Civil Veterinary Department Bengal reports 1933-51 - 1933-1951
Year: 1933
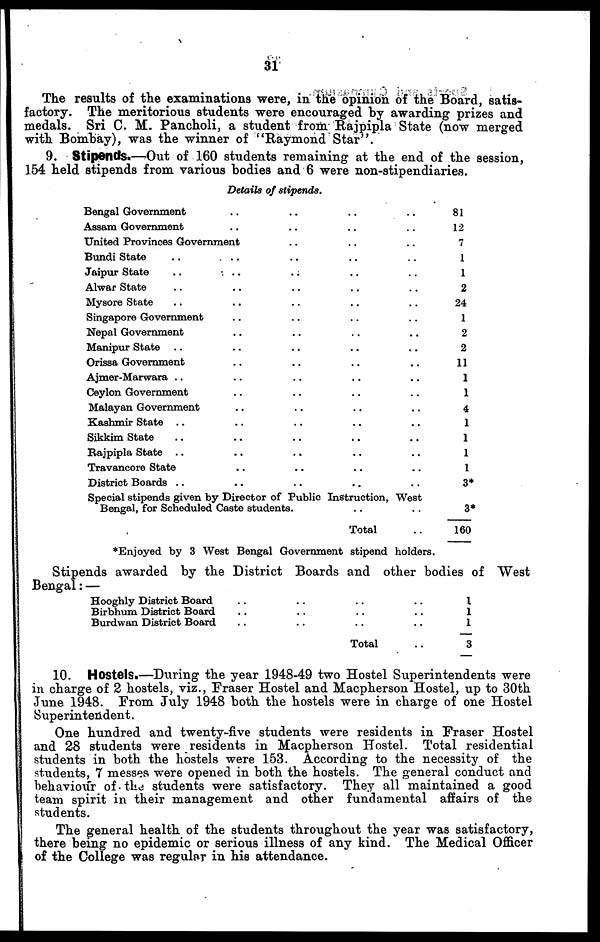
31
The results of the examinations were, in the opinion of the Board, satis-
factory. The meritorious students were encouraged by awarding prizes and
medals. Sri C. M. Pancholi, a student from Rajpipla State (now merged
with Bombay), was the winner of "Raymond Star".
9. Stipends.—Out of 160 students remaining at the end of the session,
154 held stipends from various bodies and 6 were non-stipendiaries.
Details of stipends.
Bengal Government .. .. .. ..
Assam Government .. .. .. ..
United Provinces Government .. .. ..
Bundi State .. .. .. .. ..
Jaipur State .. .. .. .. ..
Alwar State .. .. .. .. ..
Mysore State .. .. .. .. ..
Singapore Government .. .. .. ..
Nepal Government .. .. .. ..
Manipur State .. .. .. .. ..
Orissa Government .. .. .. ..
Ajmer-Marwara .. .. .. .. ..
Ceylon Government .. .. .. ..
Malayan Government .. .. .. ..
Kashmir State .. .. .. .. ..
Sikkim State .. .. .. .. ..
Rajpipla State .. .. .. .. ..
Travancore State .. .. .. ..
District Boards .. .. .. .. ..
Special stipends given by Director of Public Instruction, West
Bengal, for Scheduled Caste students. .. ..
Total ..
81
12
7
1
1
2
24
1
2
2
11
1
1
4
1
1
1
1
3*
3*
160
*Enjoyed by 3 West Bengal Government stipend holders.
Stipends awarded by the District Boards and other bodies of West
Bengal :—
Hooghly District Board .. .. .. ..
Birbhum District Board .. .. .. ..
Burdwan District Board .. .. .. ..
Total ..
1
1
1
3
10. Hostels.—During the year 1948-49 two Hostel Superintendents were
in charge of 2 hostels, viz., Fraser Hostel and Macpherson Hostel, up to 30th
June 1948. From July 1948 both the hostels were in charge of one Hostel
Superintendent.
One hundred and twenty-five students were residents in Fraser Hostel
and 28 students were residents in Macpherson Hostel. Total residential
students in both the hostels were 153. According to the necessity of the
students, 7 messes were opened in both the hostels. The general conduct and
behaviour of the students were satisfactory. They all maintained a good
team spirit in their management and other fundamental affairs of the
students.
The general health of the students throughout the year was satisfactory,
there being no epidemic or serious illness of any kind. The Medical Officer
of the College was regular in his attendance.